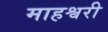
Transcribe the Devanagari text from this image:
माहश्वरी